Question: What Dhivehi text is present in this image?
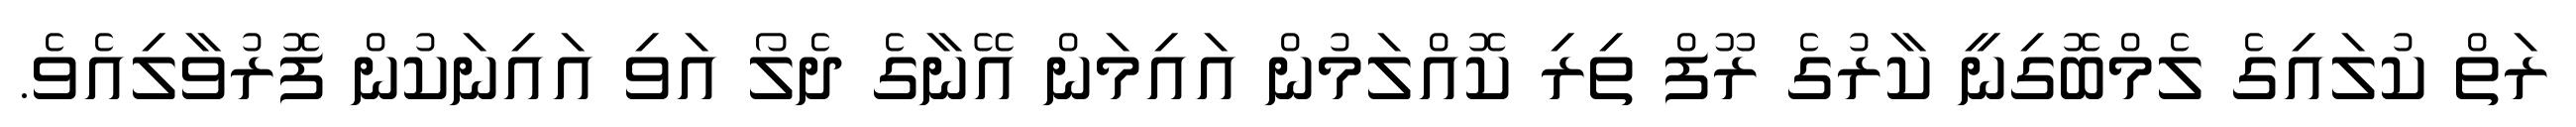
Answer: ރަތް ކުލައިގެ ލެމްބޮގިނީ ކާރުގެ ރޫފް ތިރި ކޮއްލަމުން އައިމަން އޭނާގެ ދެލޯ އަވި އައިނަކުން ފޮރުވާލިއެވެ.